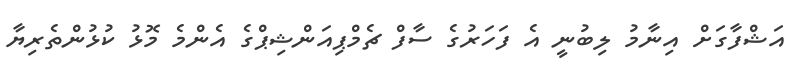
އަޝްފާގަށް އިނާމު ލިބުނީ އެ ފަހަރުގެ ސާފް ޗެމްޕިއަންޝިޕްގެ އެންމެ މޮޅު ކުޅުންތެރިޔާ